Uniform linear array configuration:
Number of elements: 16
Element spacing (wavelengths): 1
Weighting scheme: blackman
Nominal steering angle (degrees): -15
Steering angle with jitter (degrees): -15.669
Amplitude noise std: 0.05
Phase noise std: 0.05

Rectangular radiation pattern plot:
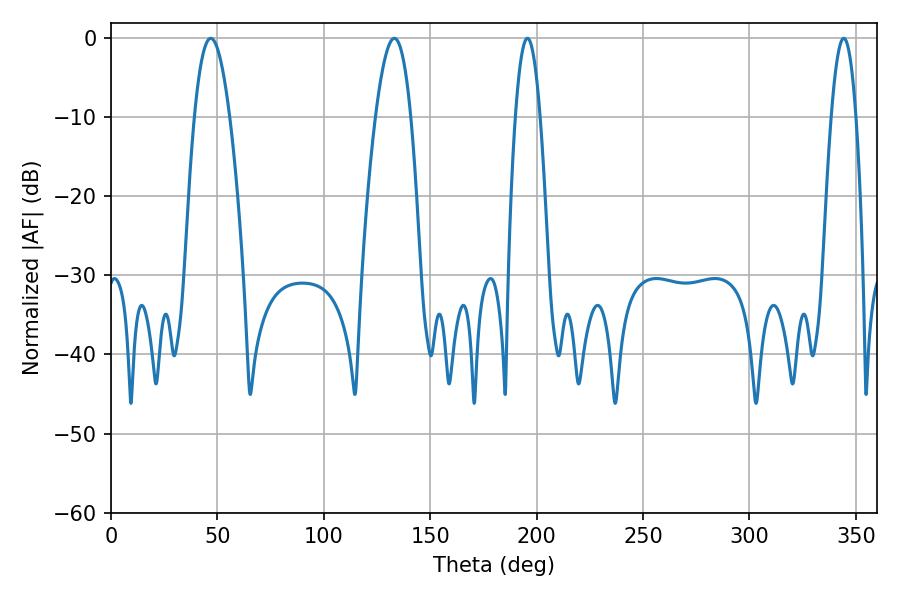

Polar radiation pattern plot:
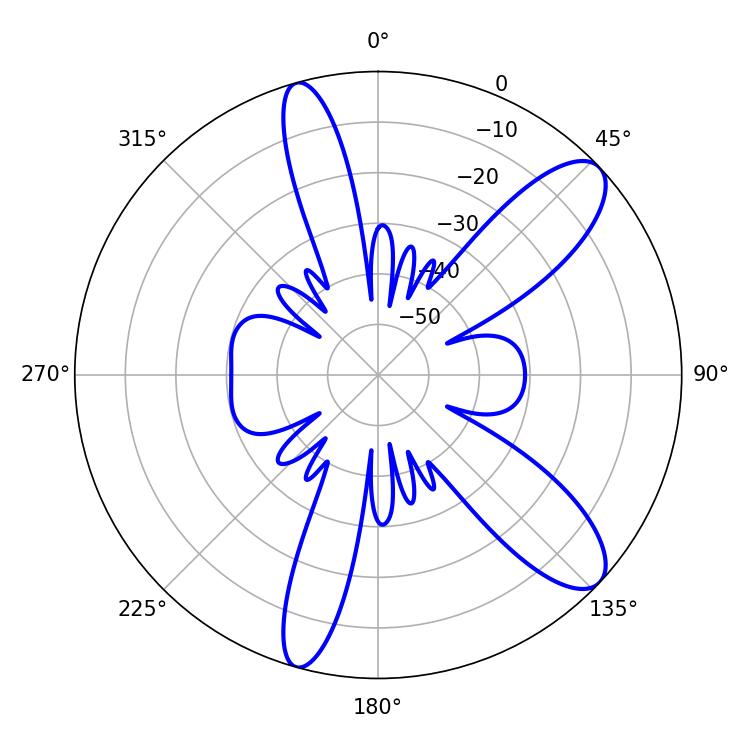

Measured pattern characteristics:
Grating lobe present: TRUE
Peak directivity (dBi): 10.348
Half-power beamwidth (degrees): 6.3
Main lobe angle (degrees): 195.66